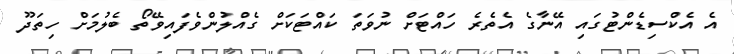
އެ އެކްސިޑެންޓުގައި އޭނާގެ އެތެރެ ހައްޓަށް ނުވަތަ ކައްޓަކަށް ގެއްލުންވެފައިވޭތޯ ބެލުމަށް ހިތަދޫ